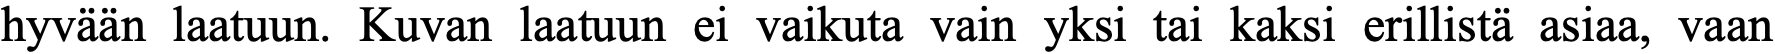
hyvään laatuun. Kuvan laatuun ei vaikuta vain yksi tai kaksi erillistä asiaa, vaan